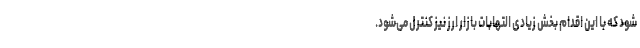
شود که با این اقدام بخش زیادی التهابات بازار ارز نیز کنترل می‌شود.